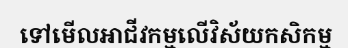
ទៅមើលអាជីវកម្មលើវិស័យកសិកម្ម